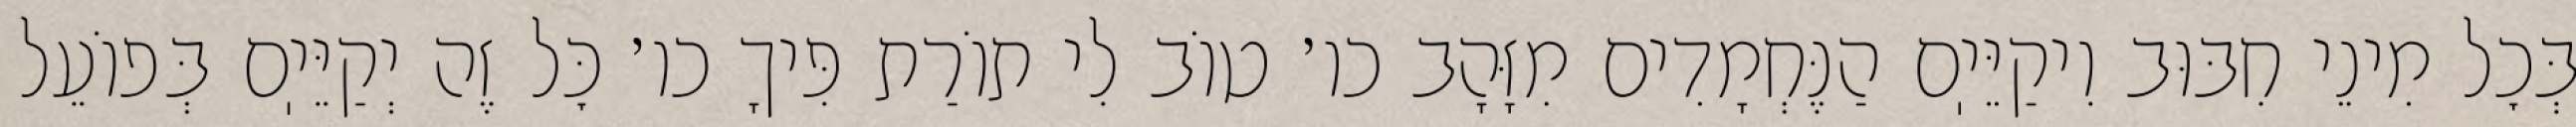
בְּכׇל מִינֵי חִבּוּב וִיקַיֵּיֽם הַנֶּחְמָדִים מִזָּהָב כו׳ טוֹב לִי תוֹרַת פִּיךָ כו׳ כׇּל זֶה יְקַיֵּיֽם בְּפוֹעֵל